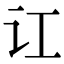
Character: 讧